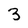
Character: 3